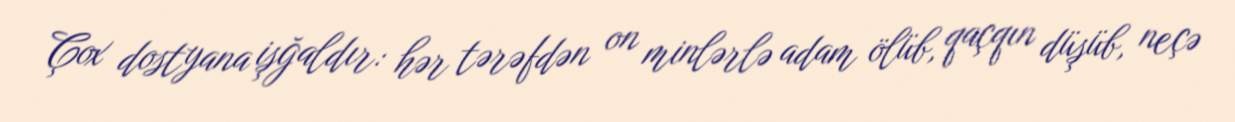
Çox dostyana işğaldır: hər tərəfdən on minlərlə adam ölüb, qaçqın düşüb, neçə